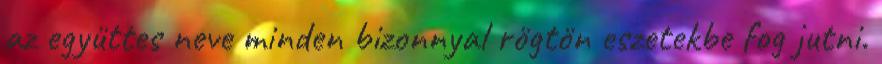
az együttes neve minden bizonnyal rögtön eszetekbe fog jutni.